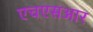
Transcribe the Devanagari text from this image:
एचएसआर